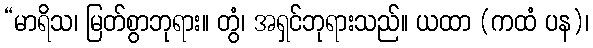
“မာရိသ၊ မြတ်စွာဘုရား။ တွံ၊ အရှင်ဘုရားသည်။ ယထာ (ကထံ ပန)၊